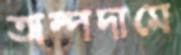
অল্পদামে